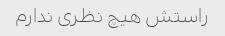
راستش هیچ نظری ندارم